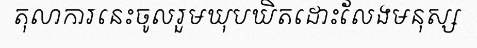
តុលាការនេះចូលរួមឃុបឃិតដោះលែងមនុស្ស